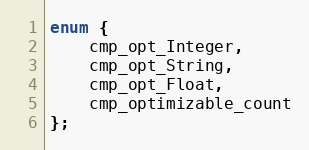
Language: C
enum {
    cmp_opt_Integer,
    cmp_opt_String,
    cmp_opt_Float,
    cmp_optimizable_count
};